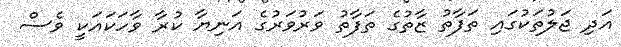
އަދި ޖަލުތަކުގައި ތަފާތު ޒާތުގެ ތަފާތު ވަރުވަރުގެ އަނިޔާ ކުރާ ވާހަކައަކީ ވެސް